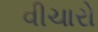
વીચારો